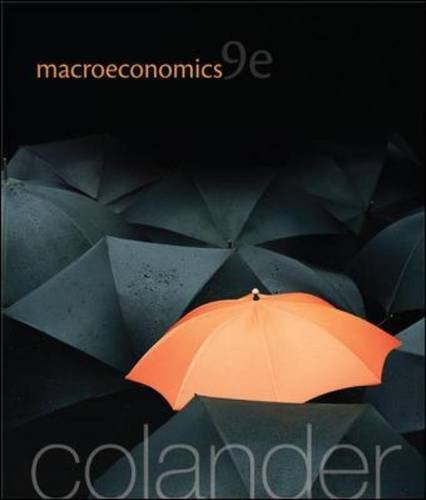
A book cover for Macroeconomics (McGraw-Hill Economics); David Colander; Business & Money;